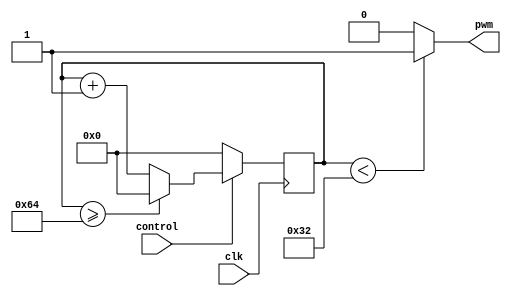
module PWM_timer(
    input clk,
    input control,
    output reg pwm
);

reg [7:0] counter;

always @ (posedge clk) begin
    if (control == 1) begin
        counter <= counter + 1;
        if (counter >= 100) begin
            counter <= 0;
        end
    end else begin
        counter <= 0;
    end
end

always @ (*) begin
    if (counter < 50) begin
        pwm <= 1;
    end else begin
        pwm <= 0;
    end
end

endmodule